Annual administration report of the Civil Veterinary Department of India - 1909-1910
Year: 1909
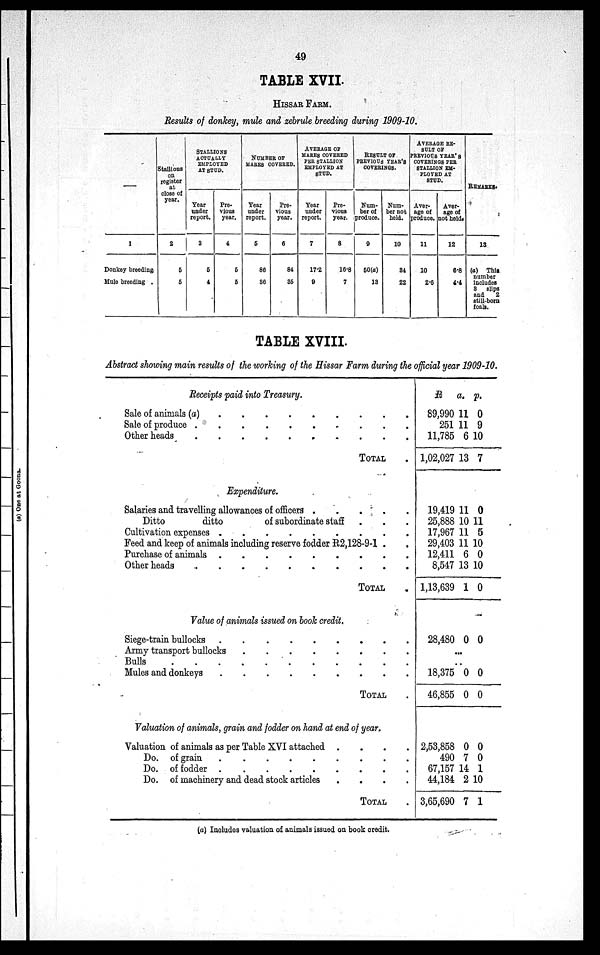
49
TABLE XVII.
HISSAR FARM.
Results of donkey, mule and zebrule breeding during 1909-10.
—
1
Donkey breeding.
Mule breeding .
Stallions
on
register
at
close of
year.
2
5
5
STALLIONS
ACTUALLY
EMPLOYED
AT STUD.
Year
under
report.
3
5
4
Pre-
vious
year.
4
5
5
NUMBER OF
MARES COVERED.
Year
under
report.
5
86
36
Pre-
vious
year.
6
84
35
AVERAGE OF
MARES COVERED
PER STALLION
EMPLOYED AT
STUD.
Tear
under
report.
7
17.2
9
Pre-
vious
year.
8
16.8
7
RESULT OF
PREVIOUS YEAR'S
COVERINGS.
Num-
ber of
produce.
9
50(a)
13
Num-
ber not
held.
10
34
22
AVERAGE RE-
---- OF
PREVIOUS YEAR'S
COVERINGS PER
STALLION EM-
------ AT
STUD.
Aver-
age of
produce.
11
10
2.6
Aver-
age of
not held.
12
6.8
4.4
REMARKS.
13
(a) This
number
includes
3 slips
and
2
still-bora
foals.
TABLE XVIII.
Abstract showing main results of the working of the Hissar Farm during the official year 1909-10.
Receipts paid into Treasury.
Sale of animals (a)
.
.
.
.
.
.
.
Sale of produce
.
.
.
.
.
.
.
Other heads . . . . . . . .
TOTAL .
Expenditure.
Salaries and travelling allowances of officers
.
.
.
.
.
Ditto
ditto
of subordinate staff . . .
Cultivation expenses
.
.
.
.
.
.
.
.
Feed and keep of animals including reserve fodder R2,128-9-1 . .
Purchase of animals
.
.
.
.
.
.
.
Other heads
.
.
.
.
.
.
.
TOTAL .
Value of animals issued on book credit.
Siege-train bullocks
.
.
.
.
.
.
.
Army transport bullocks
.
.
.
.
.
.
.
Bulls
.
.
.
.
.
.
.
Mules and donkeys
.
.
.
.
.
.
TOTAL .
Valuation of animals, grain and fodder on hand at end of year.
Valuation of animals as per Table XVI attached .
.
.
.
Do. of grain
.
.
.
.
.
.
.
Do. of fodder . . . . . . .
Do. of machinery and dead stock articles
.
.
.
TOTAL .
R.
89,990
251
11,785
1,02,027
a.
11
11
6
13
p.
0
9
10
7
19,419
25,888
17,967
29,403
12,411
8,547
1,13,639
28,480
11
10
11
11
6
13
1
0
0
11
5
10
0
10
0
0
...
..
18,375
46,855
0
0
0
0
2,53,858
490
67,157
44,184
3,65,690
0
7
14
2
7
0
0
1
10
1
(a) Includes valuation of animals issued on book credit.